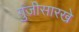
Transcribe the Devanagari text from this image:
गुंजीसारखे